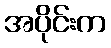
အပိုင်းက